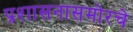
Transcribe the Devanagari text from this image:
प्रशासनासमोरचे